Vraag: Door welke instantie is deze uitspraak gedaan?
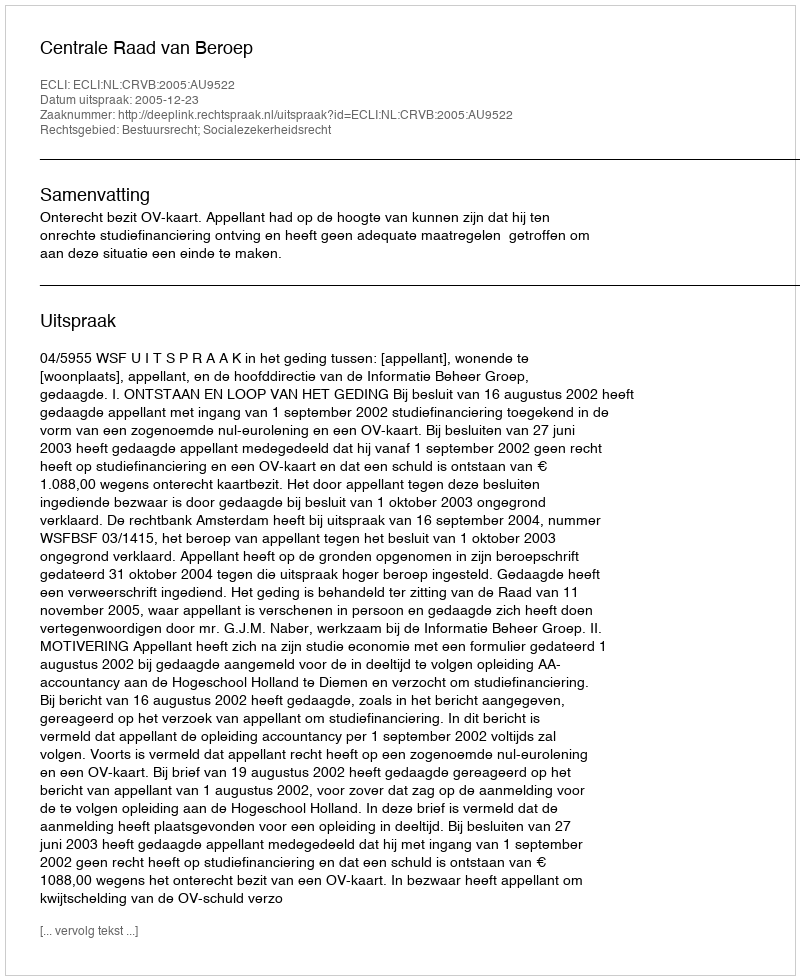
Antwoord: Centrale Raad van Beroep